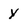
Character: y